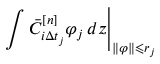
\left. \int \bar { C } _ { i \Delta t _ { j } } ^ { [ n ] } \varphi _ { j } \mathop { } \! { d { z } } \right| _ { \| \varphi \| \leqslant r _ { j } }